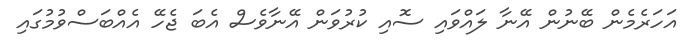
އަހަރެމެން ބޭނުން އޭނާ ލައްވައި ސޮއި ކުރުވަން އޭނާވެސް އެބަ ޖެހޭ އެއްބަސްވުމުގައި